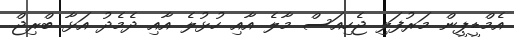
އެމްޑީޕީން މަރުފަލި ޖެހިއަސް މާލެ އާއި ހުޅުލެ އާއި ދެމެދު އަޅާ ބްރިޖް